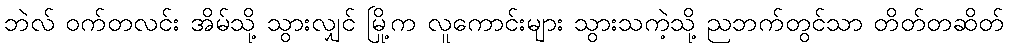
ဘဲလ် ဝက်တလင်း အိမ်သို့ သွားလျှင် မြို့က လူကောင်းများ သွားသကဲ့သို့ ညဘက်တွင်သာ တိတ်တဆိတ်